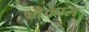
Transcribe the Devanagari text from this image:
गेकास